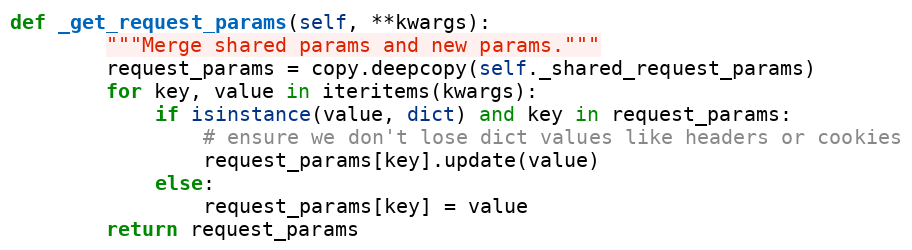
Language: Python
def _get_request_params(self, **kwargs):
        """Merge shared params and new params."""
        request_params = copy.deepcopy(self._shared_request_params)
        for key, value in iteritems(kwargs):
            if isinstance(value, dict) and key in request_params:
                # ensure we don't lose dict values like headers or cookies
                request_params[key].update(value)
            else:
                request_params[key] = value
        return request_params